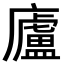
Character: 廬